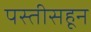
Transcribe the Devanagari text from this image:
पस्‍तीसहून